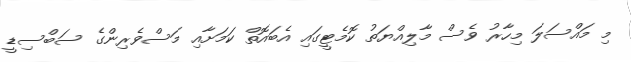
މި މައްސަލަ މިހާރު ވެސް މާލިއްޔަތު ކޮމެޓީގައި އެބައޮތް ކަމަށާއި މަސްވެރިންގެ ސަބްސިޑީ